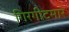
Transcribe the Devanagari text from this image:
गिरगीटमार